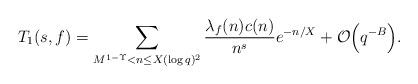
LaTeX: \begin{align*} T_1(s,f) = \sum_{M^{1-\Upsilon}<n\leq X(\log q)^2} \frac{\lambda_f(n)c(n)}{n^s} e^{-n/X} + \mathcal{O}\Big(q^{-B}\Big). \end{align*}